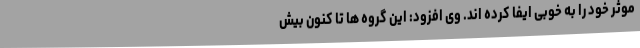
موثر خود را به خوبی ایفا کرده اند. وی افزود: این گروه ها تا کنون بیش